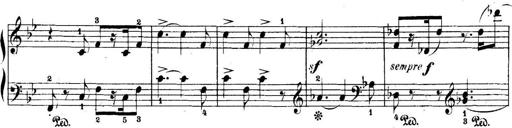
Title: 5 Sonatinas
Composer: Theodor Kirchner